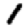
Digit: 1